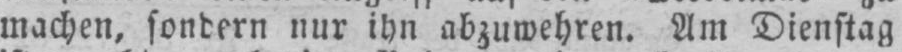
machen, sondern nur ihn abzuwehren. Am Dienstag